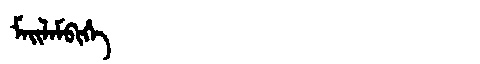
Manchu: ᠮᠠᡳᠯᠠᠮᠪᡳᡥᡝ
Romanization: MAILAMBIHE